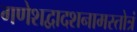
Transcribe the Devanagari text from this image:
गणेशद्वादशनामस्तोत्रं